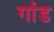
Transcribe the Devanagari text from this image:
गांड